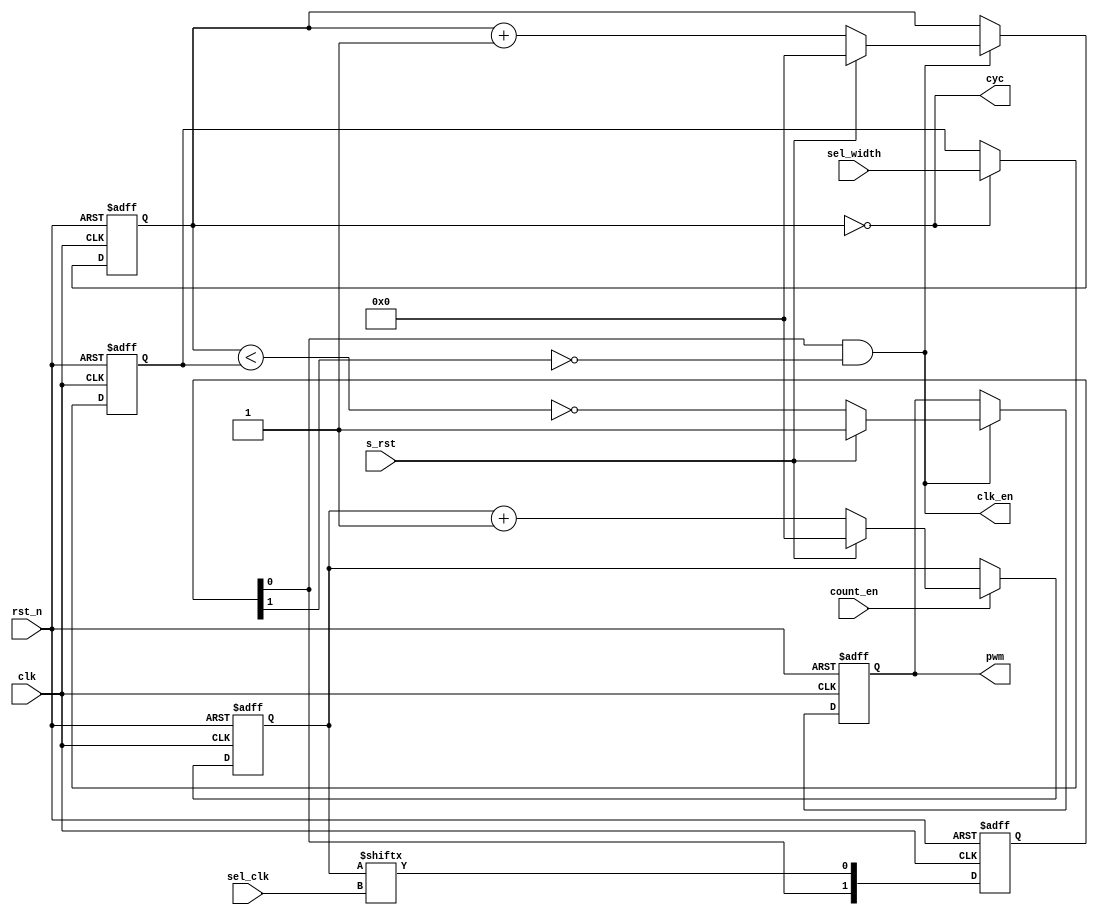

//Company: PLANAR JSK
//Design Name: Pulse Width Modulation
//Module Name: pwm
//Project Name: USDFA 
//Target Devices: Cyclone IV
//Tool versions: Quatrus v20 & ModelSim
//Revision: v5

/* fast copy 
    pwm #(4,4,1) pwm (
        .pwm(pwm),
        .clk_en(clk_en),
        .cyc(cyc),

        .sel_width(sel_width),
        .sel_clk(sel_clk),

        .count_en(count_en),
        .s_rst(s_rst),
        .clk(clk),
        .rst_n(rst_n));
*/

module pwm #(
    parameter B_WIDTH = 8, //number of pulse width bits to select
              B_CLK   = 3, //number of frequency bits to select
              PWM_POL = 1)( //polarity  
    output reg                pwm,
    output                    clk_en, //for create pipeline processing
    output                    cyc, //for tst module

    input [ B_WIDTH - 1 : 0 ] sel_width,
    input [ B_CLK - 1   : 0 ] sel_clk,

    input                     count_en,
    input                     s_rst,
    input                     clk,
    input                     rst_n);

    localparam C_CLK   = 2 ** B_CLK;

    reg   [ B_CLK - 1   : 0 ] sel_clk_buf;
    reg   [ C_CLK - 1   : 0 ] clk_count;
    reg   [ 2 : 0 ]           clk_en_buf;
    reg   [ B_WIDTH - 1 : 0 ] width_count;
    reg   [ B_WIDTH - 1 : 0 ] sel_width_buf;

generate
    if (B_CLK == 0)
        assign clk_en = count_en;
    else begin
        always @(posedge clk or negedge rst_n)
            if (!rst_n) begin
                clk_count        <= {C_CLK{1'b0}};
                sel_clk_buf      <= {B_CLK{1'b0}};
                clk_en_buf       <= 2'b0;
            end else begin
                if (count_en)
                if (s_rst) // counter 1 for create clk
                    clk_count <= {C_CLK{1'b0}};
                else 
                    clk_count <= clk_count + 1'b1;
                
                if (cyc) //delay cycle 
                    sel_clk_buf <= sel_clk;   
                
                clk_en_buf <= {clk_en_buf[0], clk_count[sel_clk]};
            end

        assign clk_en = clk_en_buf[0] & ~clk_en_buf[1]; //create strob
    end
endgenerate

generate 
    if (B_WIDTH == 0) 
        assign cyc = 1'b1;
    else begin
        always @(posedge clk or negedge rst_n)
            if (!rst_n) begin
                width_count   <= {B_WIDTH{1'b0}};
                sel_width_buf <= {B_WIDTH{1'b0}};
                pwm           <= |PWM_POL;
            end else begin
                if (clk_en) //counter 2 for width modulation
                    if (s_rst) 
                        width_count <= {B_WIDTH{1'b0}}; 
                    else 
                        width_count <= width_count + 1'b1;

                if (cyc) //delay cycle 
                    sel_width_buf <= sel_width; 

                if (clk_en) 
                    if (s_rst) 
                        pwm         <= |PWM_POL;
                    else 
                        pwm         <= |PWM_POL ^ (width_count < sel_width_buf); //Comparator for duty cycle 01 - min duty cycle, FF - max duty cycle. 
            end
        assign cyc = (width_count == {B_WIDTH{1'b0}});
    end
endgenerate
endmodule